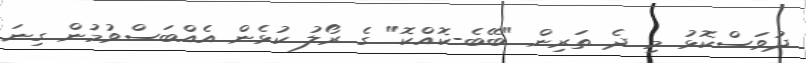
ދުވަސްކޮޅު މި ދެ ތަރިން "ބޭބެ-ކޮއްކޮ" ގެ ރޯލު ކުޅެން އެއްބަސްވުމުން ގިނަ